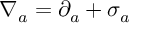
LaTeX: \nabla _ { a } = \partial _ { a } + \sigma _ { a }